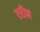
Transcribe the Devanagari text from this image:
एरीन